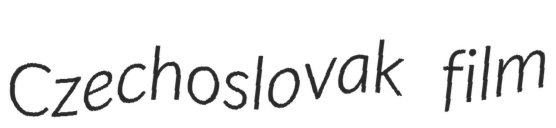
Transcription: Czechoslovak film